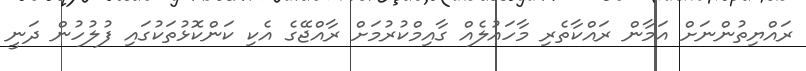
ރައްޔިތުންނަށް އަމާން ރައްކާތެރި މާހައުލެއް ގާއިމްކުރުމަށް ރާއްޖޭގެ އެކި ކަންކޮޅުތަކުގައި ފުލުހުން ދަނީ